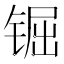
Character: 𨱊